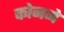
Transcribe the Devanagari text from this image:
कोनमे